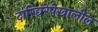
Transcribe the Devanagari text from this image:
दारिद्यरेषेखालील